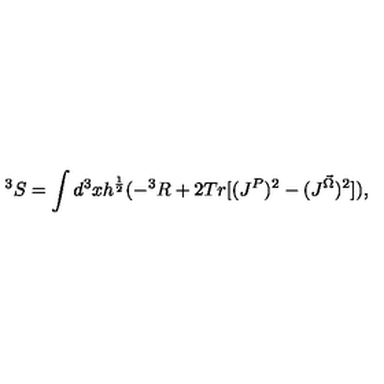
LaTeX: ^ 3 S = \int d ^ { 3 } x h ^ { \frac { 1 } { 2 } } ( - ^ { 3 } R + 2 T r [ ( J ^ { P } ) ^ { 2 } - ( J ^ { \vec { \Omega } } ) ^ { 2 } ] ) ,